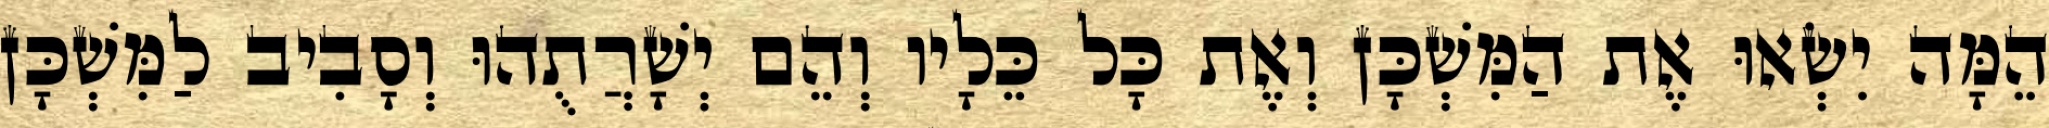
הֵמָּה יִשְׂאוּ אֶת הַמִּשְׁכָּן וְאֶת כָּל כֵּלָיו וְהֵם יְשָׁרֲתֻהוּ וְסָבִיב לַמִּשְׁכָּן